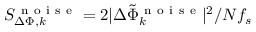
S _ { \Delta \Phi , k } ^ { \mathrm { ~ n ~ o ~ i ~ s ~ e ~ } } = 2 | \Delta \tilde { \Phi } _ { k } ^ { \mathrm { ~ n ~ o ~ i ~ s ~ e ~ } } | ^ { 2 } / N f _ { s }